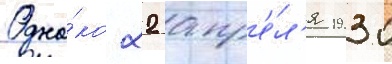
Одна́ко 22 апр'е́л'я 1930